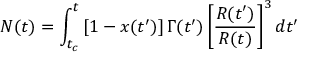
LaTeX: N ( t ) = \int _ { t _ { c } } ^ { t } \left[ 1 - x ( t ^ { \prime } ) \right] \Gamma ( t ^ { \prime } ) \left[ \frac { R ( t ^ { \prime } ) } { R ( t ) } \right] ^ { 3 } d t ^ { \prime }